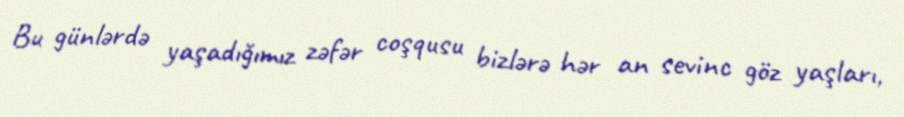
Bu günlərdə yaşadığımız zəfər coşqusu bizlərə hər an sevinc göz yaşları,